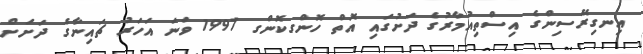
އިނގިރޭސިންގެ އިސްތިއުމާރުގެ ދަށުގައި އޮތް ހޮންގކޮންގ 1997 ވަނަ އަހަރު ޗައިނާގެ ދަށަށް